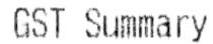
GST SUMMARY